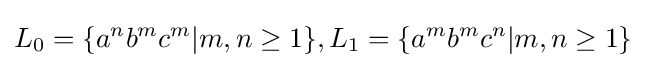
L_{0}=\{a^{n}b^{m}c^{m}|m,n\geq 1\},L_{1}=\{a^{m}b^{m}c^{n}|m,n\geq 1\}